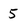
Character: 5